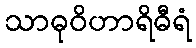
သာဓုဝိဟာရိဓီရံ